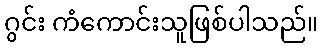
ဂွင်း ကံကောင်းသူဖြစ်ပါသည်။